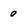
Character: 0